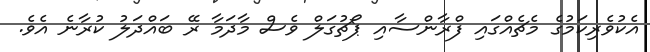
އެކުވެރިކަމުގެ މެޗެއްގައި ފްރާންސާއި ޕޯޗުގަލް ވެސް މާދަމާ ރޭ ބައްދަލު ކުރާނެ އެވެ.